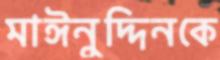
মাঈনুদ্দিনকে